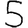
Digit: 5